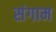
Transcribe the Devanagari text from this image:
संगाम